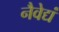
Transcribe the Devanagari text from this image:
नैवेद्यं